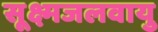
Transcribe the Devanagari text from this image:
सूक्ष्मजलवायु